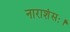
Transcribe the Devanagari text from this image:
नाराशंसः।